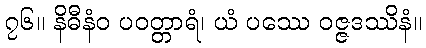
၇၆။ နိဓီနံဝ ပဝတ္တာရံ၊ ယံ ပဿေ ဝဇ္ဇဒဿိနံ။